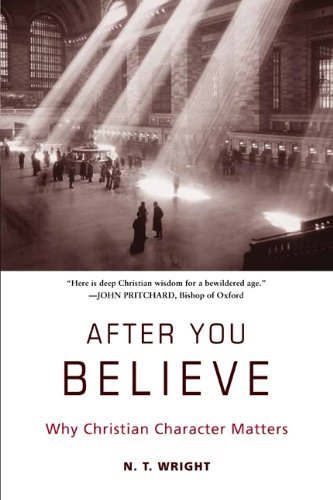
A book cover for After You Believe: Why Christian Character Matters; N. T. Wright; Christian Books & Bibles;